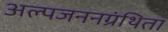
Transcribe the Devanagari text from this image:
अल्पजननग्रंथिता